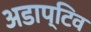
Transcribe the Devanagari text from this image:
अडाप्टिव